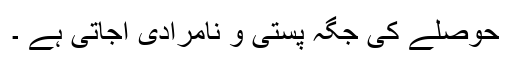
حوصلے کی جگہ پستی و نامرادی آجاتی ہے ۔